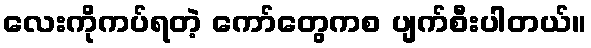
လေးကိုကပ်ရတဲ့ ကော်တွေကစ ပျက်စီးပါတယ်။